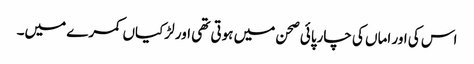
اس کی اور اماں کی چارپائی صحن میں ہوتی تھی اور لڑکیاں کمرے میں۔